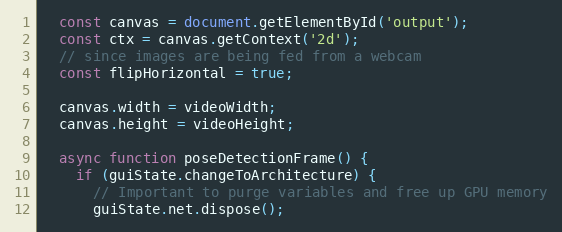
Language: JavaScript
  const canvas = document.getElementById('output');
  const ctx = canvas.getContext('2d');
  // since images are being fed from a webcam
  const flipHorizontal = true;

  canvas.width = videoWidth;
  canvas.height = videoHeight;

  async function poseDetectionFrame() {
    if (guiState.changeToArchitecture) {
      // Important to purge variables and free up GPU memory
      guiState.net.dispose();